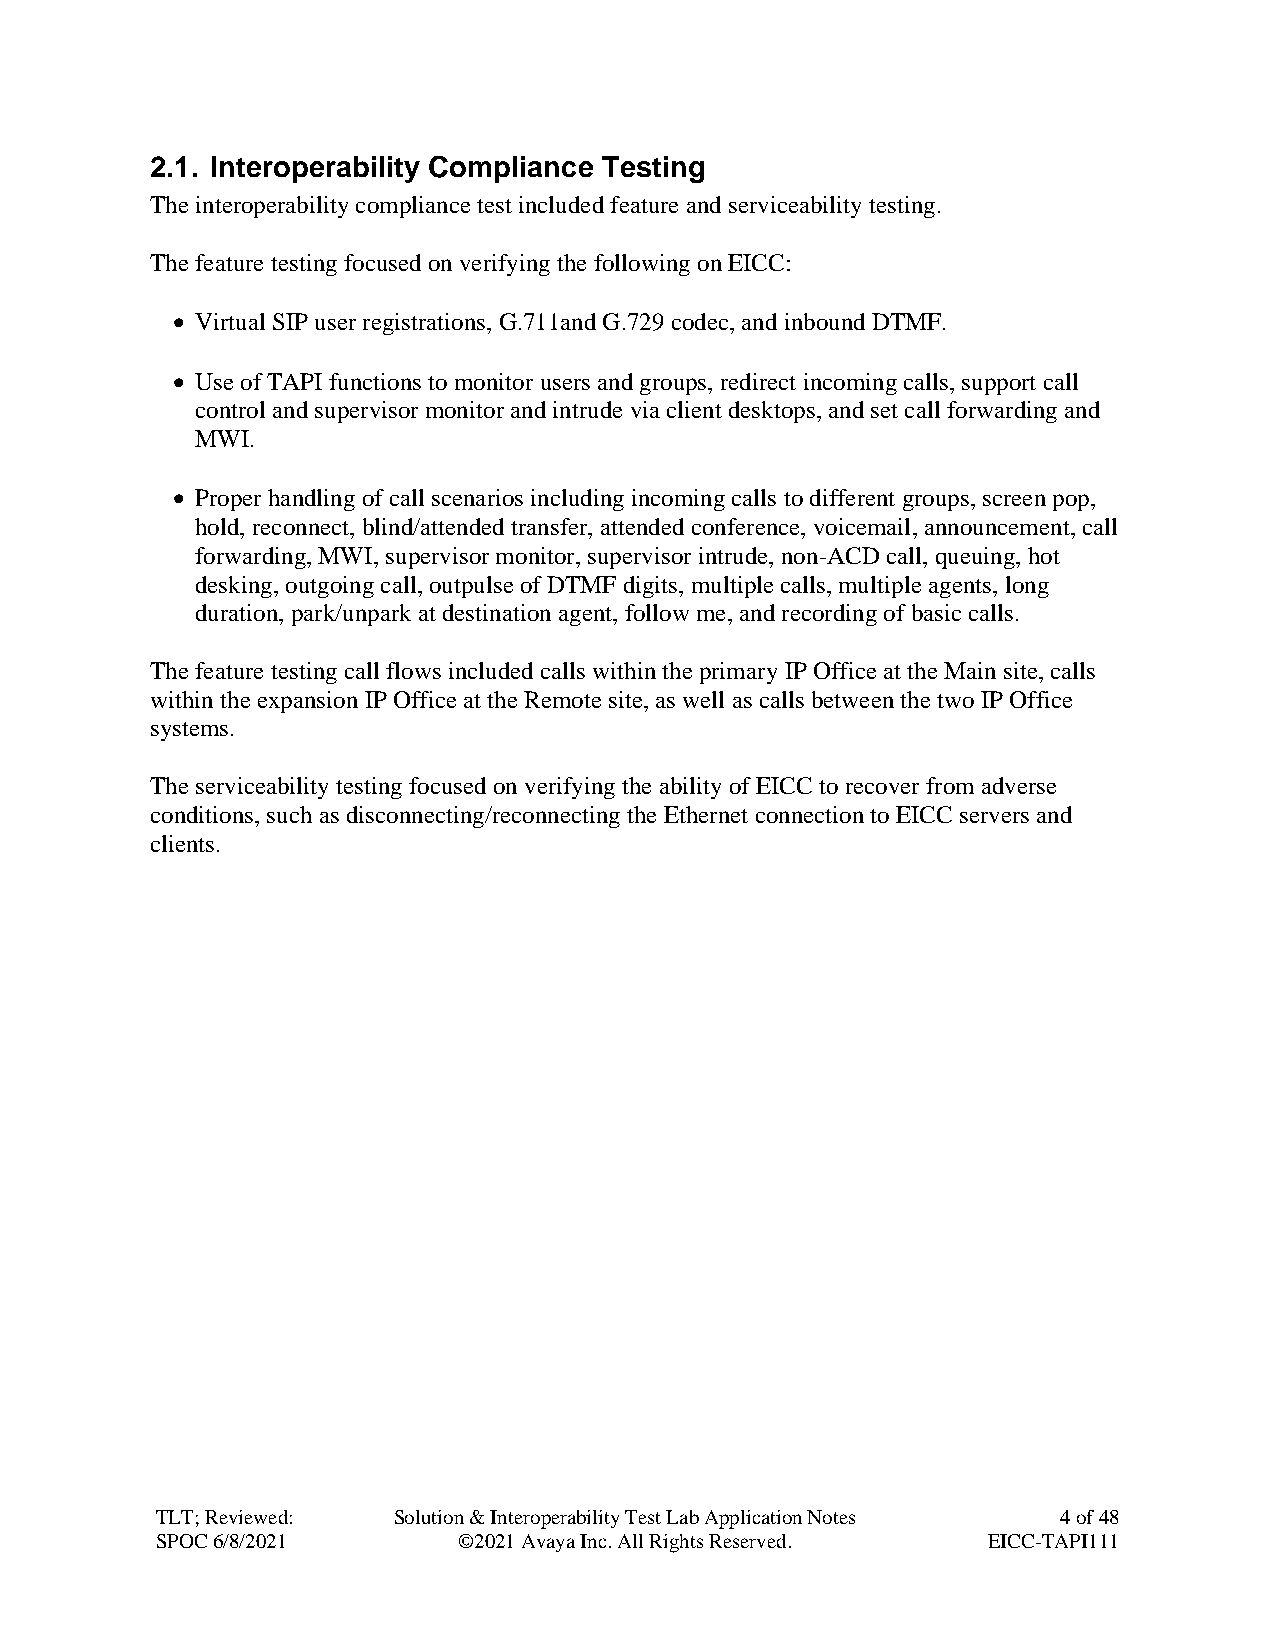
2.1. Interoperability Compliance Testing
 The interoperability compliance test included feature and serviceability testing.
 The feature testing focused on verifying the following on EICC:
 • Virtual SIP user registrations, G.711and G.729 codec, and inbound DTMF.
 • Use of TAPI functions to monitor users and groups, redirect incoming calls, support call
 control and supervisor monitor and intrude via client desktops, and set call forwarding and
 MWI.
 • Proper handling of call scenarios including incoming calls to different groups, screen pop,
 hold, reconnect, blind/attended transfer, attended conference, voicemail, announcement, call
 forwarding, MWI, supervisor monitor, supervisor intrude, non-ACD call, queuing, hot
 desking, outgoing call, outpulse of DTMF digits, multiple calls, multiple agents, long
 duration, park/unpark at destination agent, follow me, and recording of basic calls.
 The feature testing call flows included calls within the primary IP Office at the Main site, calls
 within the expansion IP Office at the Remote site, as well as calls between the two IP Office
 systems.
 The serviceability testing focused on verifying the ability of EICC to recover from adverse
 conditions, such as disconnecting/reconnecting the Ethernet connection to EICC servers and
 clients.
 TLT; Reviewed:  Solution & Interoperability Test Lab Application Notes 4 of 48
 SPOC 6/8/2021       ©2021 Avaya Inc. All Rights Reserved. EICC-TAPI111